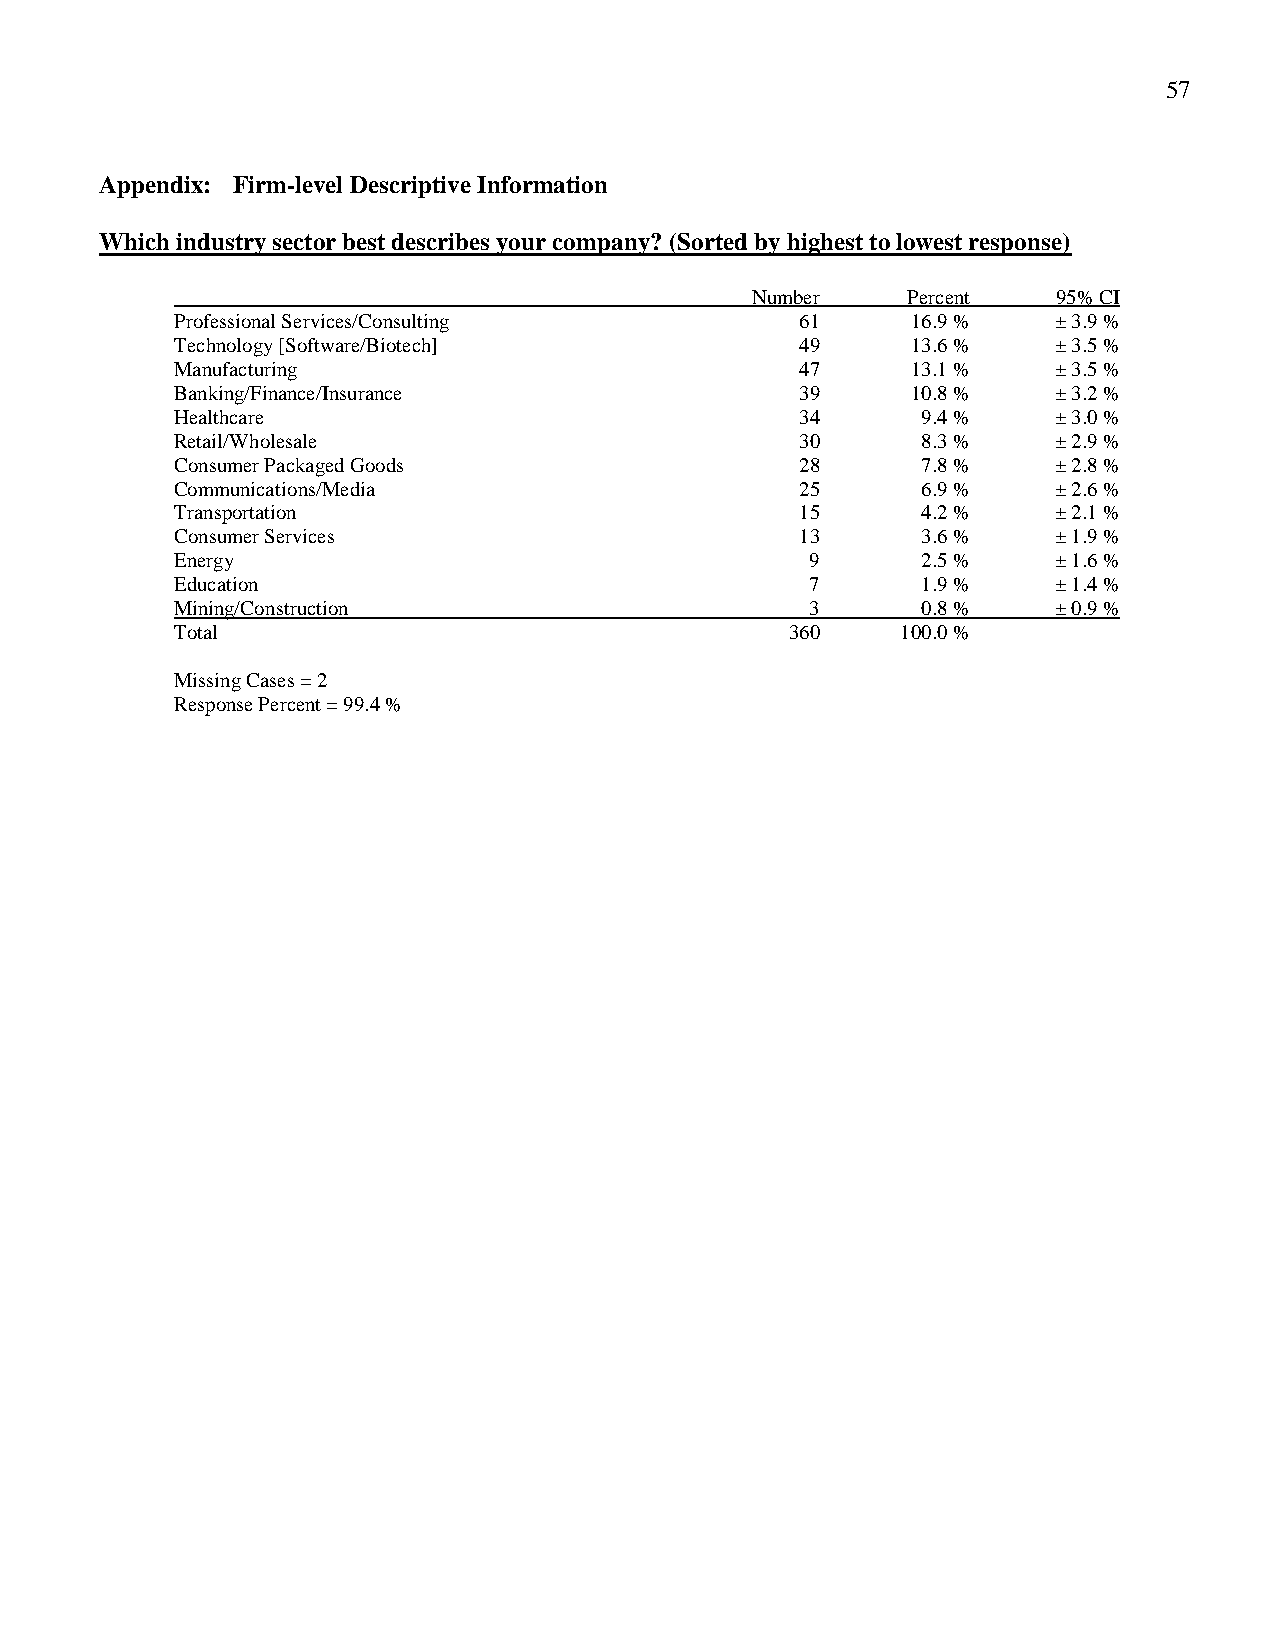
57
 Appendix: Firm-level Descriptive Information
 Which industry sector best describes your company? (Sorted by highest to lowest response)
 Number    Percent   95% CI
 Professional Services/Consulting         61     16.9 %    ± 3.9 %
 Technology [Software/Biotech]            49     13.6 %    ± 3.5 %
 Manufacturing                            47     13.1 %    ± 3.5 %
 Banking/Finance/Insurance                39     10.8 %    ± 3.2 %
 Healthcare                               34      9.4 %    ± 3.0 %
 Retail/Wholesale                         30      8.3 %    ± 2.9 %
 Consumer Packaged Goods                  28      7.8 %    ± 2.8 %
 Communications/Media                     25      6.9 %    ± 2.6 %
 Transportation                           15      4.2 %    ± 2.1 %
 Consumer Services                        13      3.6 %    ± 1.9 %
 Energy                                    9      2.5 %    ± 1.6 %
 Education                                 7      1.9 %    ± 1.4 %
 Mining/Construction                       3      0.8 %    ± 0.9 %
 Total                                   360     100.0 %
 Missing Cases = 2
 Response Percent = 99.4 %